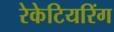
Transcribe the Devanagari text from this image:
रेकेटियरिंग